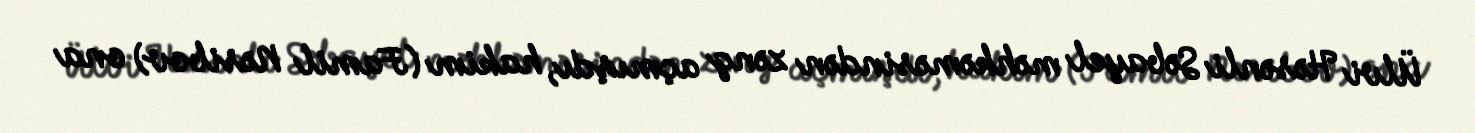
Ülvi Həsənli Səbayel məhkəməsindən zəng açmışdı, hakim (Famil Nəsibov) ona